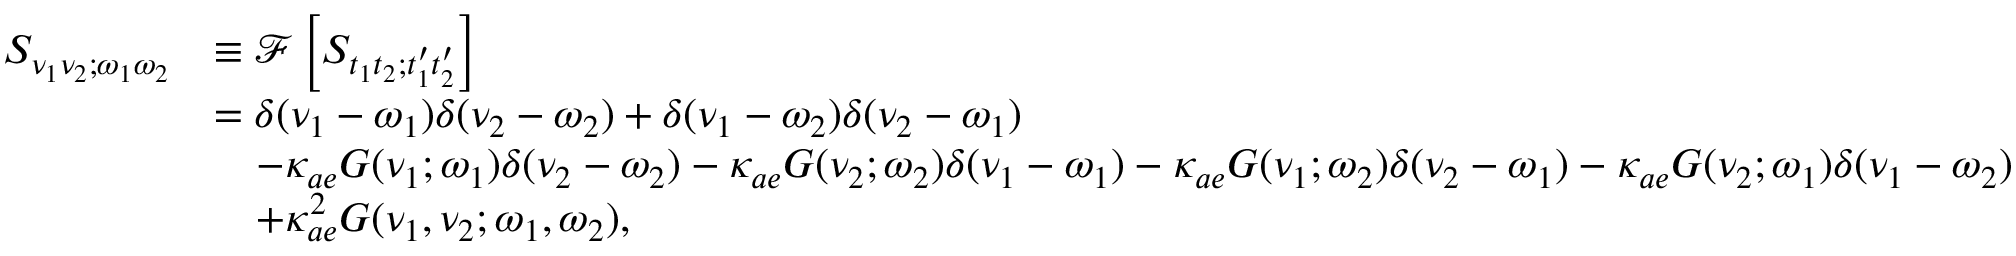
\begin{array} { r l } { S _ { \nu _ { 1 } \nu _ { 2 } ; \omega _ { 1 } \omega _ { 2 } } } & { \equiv \mathscr { F } \left[ S _ { t _ { 1 } t _ { 2 } ; t _ { 1 } ^ { \prime } t _ { 2 } ^ { \prime } } \right] } \\ & { = \delta ( \nu _ { 1 } - \omega _ { 1 } ) \delta ( \nu _ { 2 } - \omega _ { 2 } ) + \delta ( \nu _ { 1 } - \omega _ { 2 } ) \delta ( \nu _ { 2 } - \omega _ { 1 } ) } \\ & { \quad - \kappa _ { a e } G ( \nu _ { 1 } ; \omega _ { 1 } ) \delta ( \nu _ { 2 } - \omega _ { 2 } ) - \kappa _ { a e } G ( \nu _ { 2 } ; \omega _ { 2 } ) \delta ( \nu _ { 1 } - \omega _ { 1 } ) - \kappa _ { a e } G ( \nu _ { 1 } ; \omega _ { 2 } ) \delta ( \nu _ { 2 } - \omega _ { 1 } ) - \kappa _ { a e } G ( \nu _ { 2 } ; \omega _ { 1 } ) \delta ( \nu _ { 1 } - \omega _ { 2 } ) } \\ & { \quad + \kappa _ { a e } ^ { 2 } G ( \nu _ { 1 } , \nu _ { 2 } ; \omega _ { 1 } , \omega _ { 2 } ) , } \end{array}